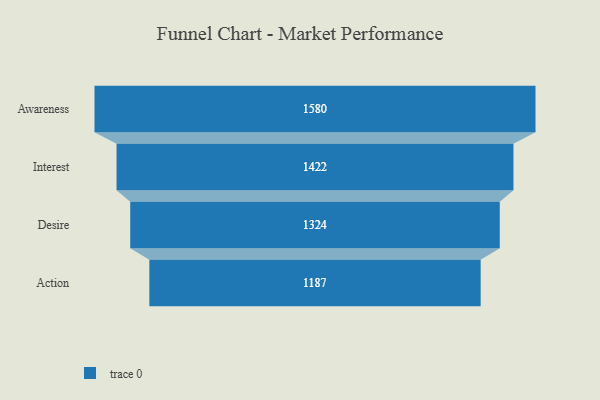
{"axis": {"x": "Stage", "y": "Value"}, "legend": [""], "data": [{"x": "Awareness", "y": 1580.0, "type": ""}, {"x": "Interest", "y": 1422.0, "type": ""}, {"x": "Desire", "y": 1324.0, "type": ""}, {"x": "Action", "y": 1187.0, "type": ""}]}